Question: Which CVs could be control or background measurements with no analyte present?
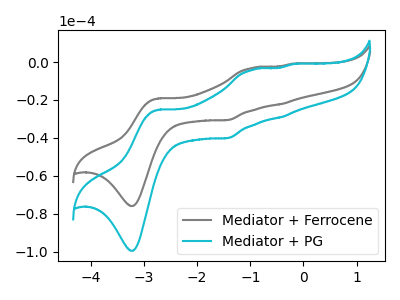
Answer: <think>The gray curve "Mediator + Ferrocene" has anodic peaks at (-2.75V, -19.20uA) (-0.95V, -3.10uA) (-0.40V, -22.20uA) (-0.20V, -0.90uA) and cathodic peaks at (-3.20V, -75.95uA) (-1.40V, -30.60uA). The cyan curve "Mediator + PG" has anodic peaks at (-2.75V, -25.15uA) (-0.95V, -4.05uA) (-0.40V, -29.10uA) (-0.20V, -1.15uA) and cathodic peaks at (-3.20V, -99.55uA) (-1.40V, -40.15uA).</think>
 <answer>There are not any CV's on this graph that are likely to be blanks.</answer>
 <eval>none</eval>